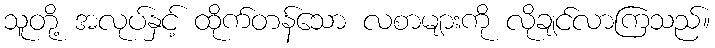
သူတို့ အလုပ်နှင့် ထိုက်တန်သော လစာများကို လိုချင်လာကြသည်။